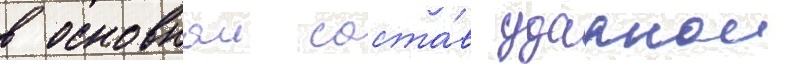
в основнои соста́в ударнои